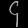
Digit: ၄